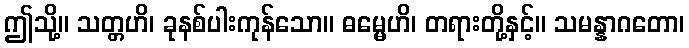
ဤသို့။ သတ္တဟိ၊ ခုနစ်ပါးကုန်သော။ ဓမ္မေဟိ၊ တရားတို့နှင့်။ သမန္နာဂတော၊